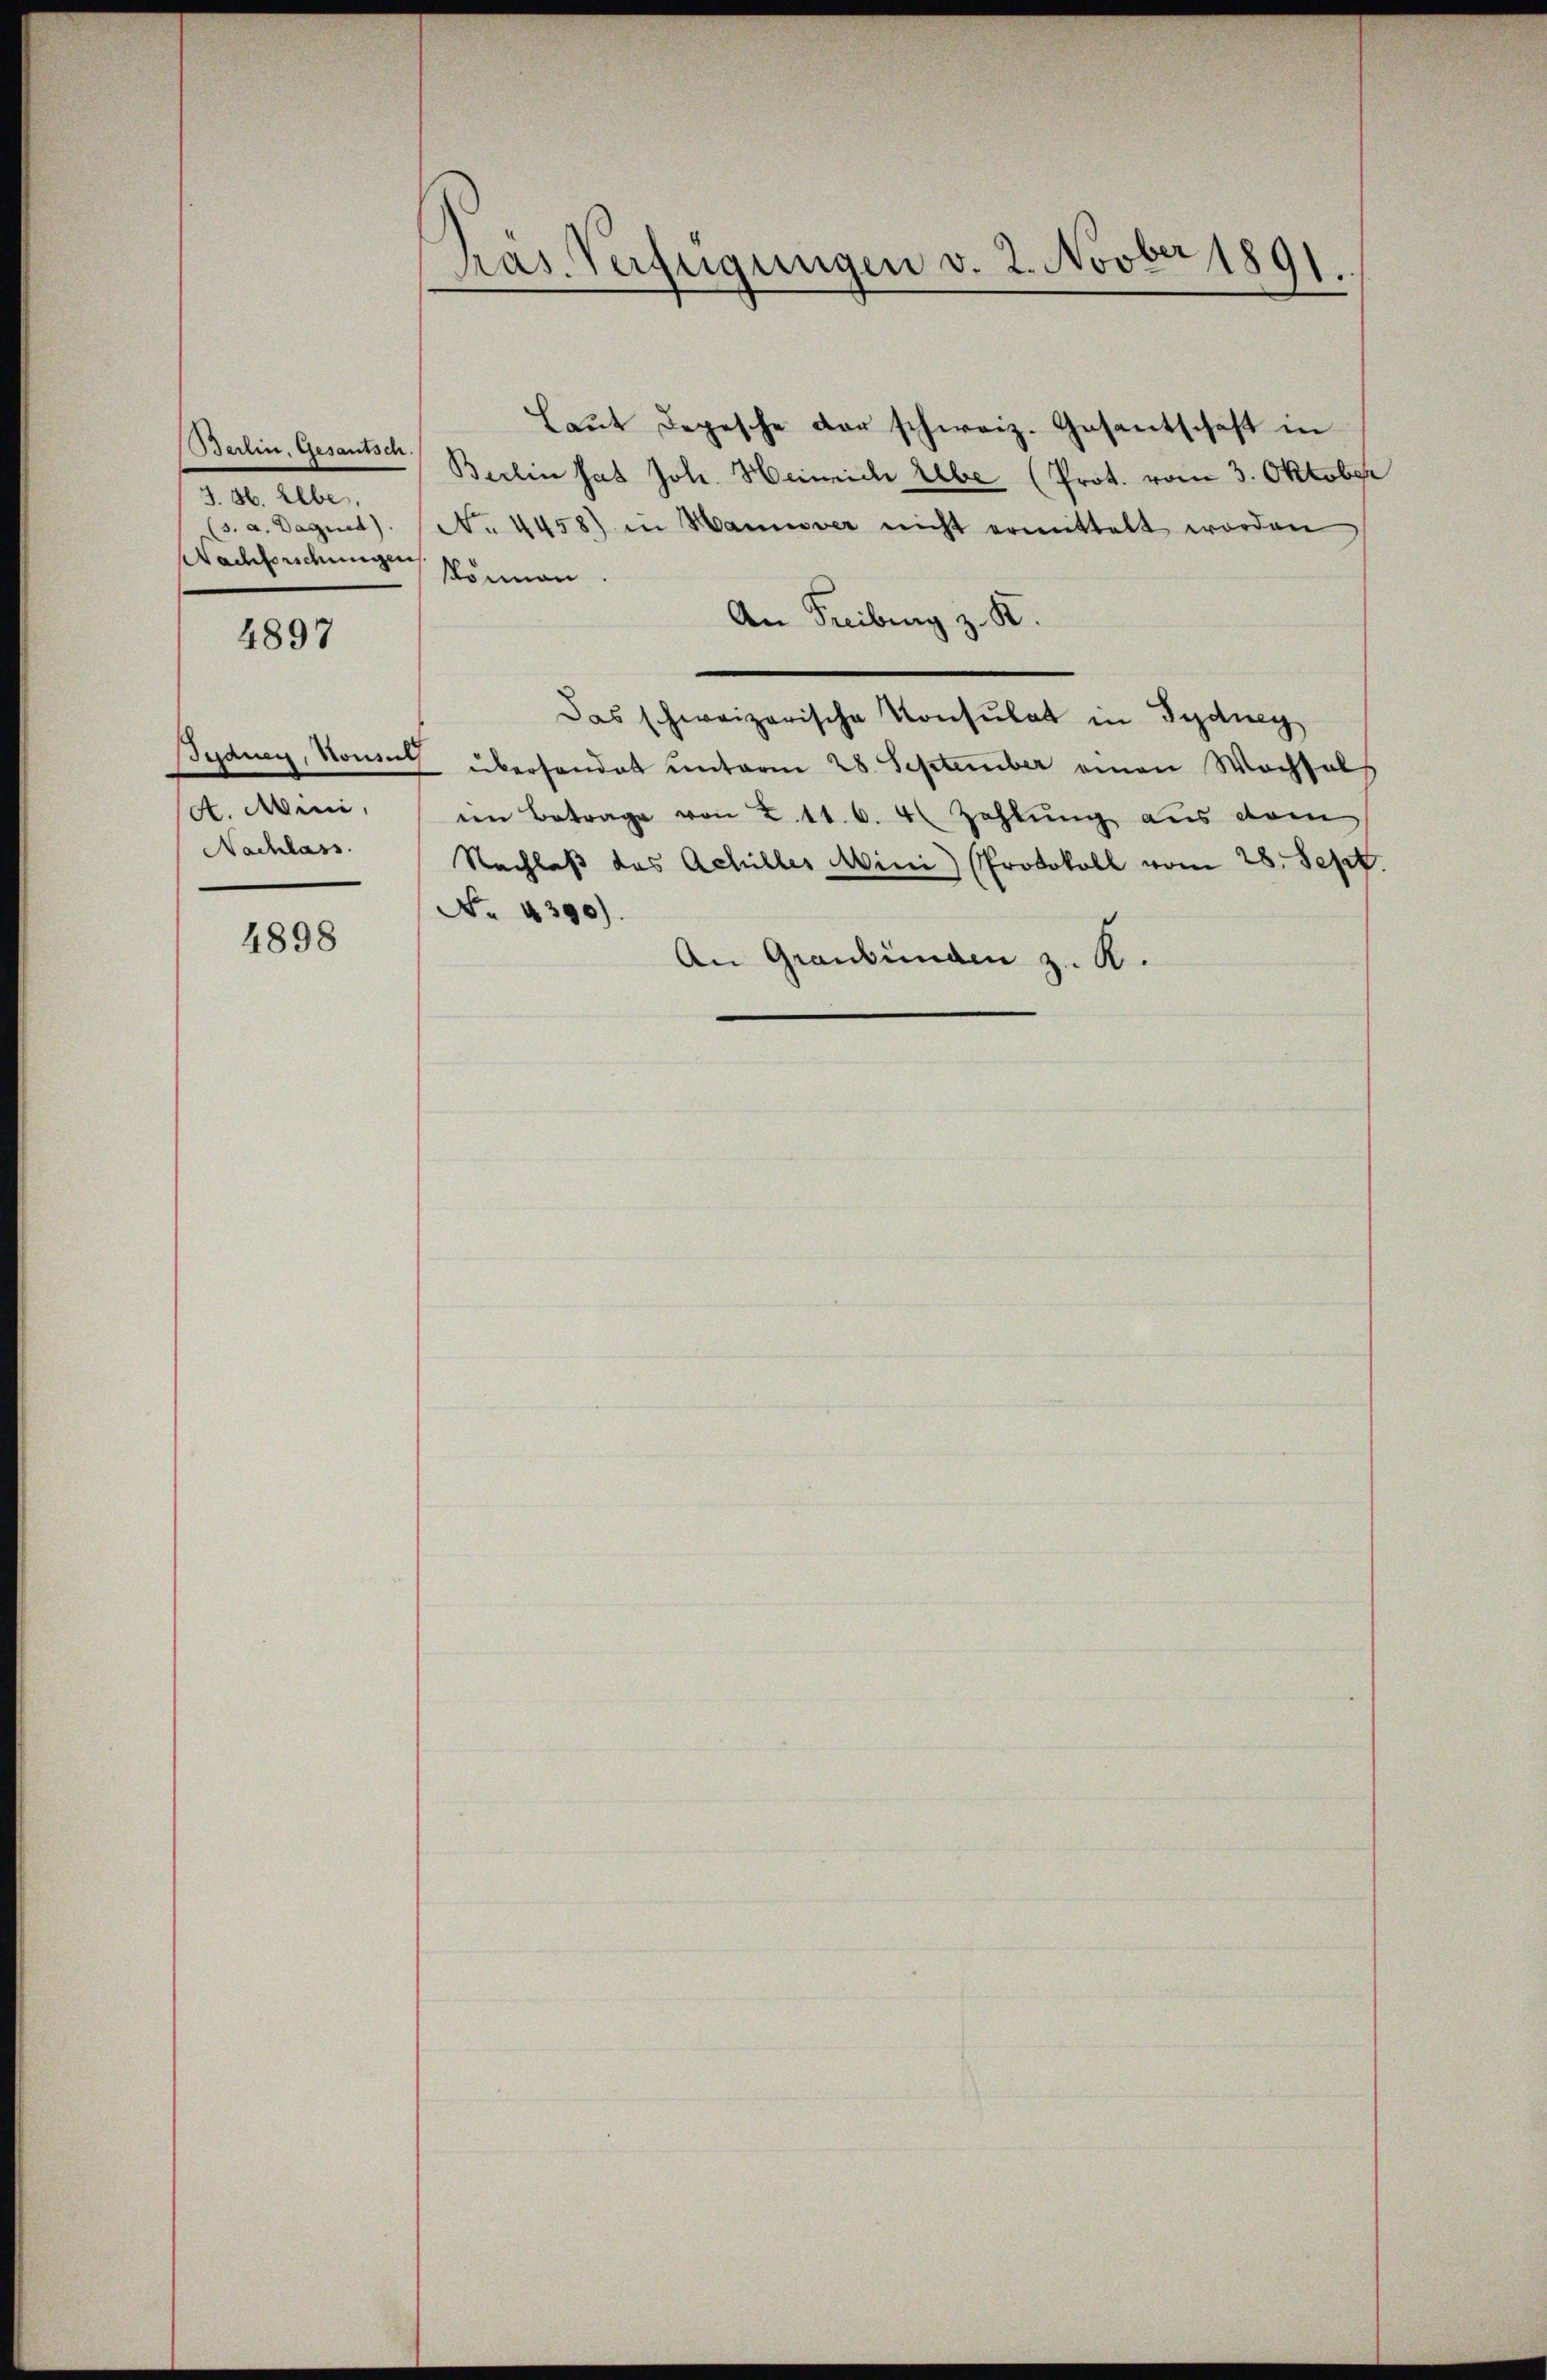
Berlin, Gesantsch.
d. II.
(s. a. Dagnet).
Nachbordungen

4897

A. Mini,
Nachlass.

4898

Pras. Verfügungen v. 2. Novber 1891.

Laut Depesche der schweiz. Gesantschaft in
Berlin hat Joh. Heinrich lebe (Prot. vom 3. Oktober
No. 4458) in Hannover nicht ermittelt worden
können.
An Freiburg z. K.
Das schweizerische Konsulat in Sydney
Judney, Nomit überhandet unterm 28. September einen Wachsels
im Betrage von 2. 11. 6. 4 Zahlung aus dem
Nachlaß das Achilles Mini Protokoll vom 28. Sept.
No. 4390).
An Graubünden z. R.